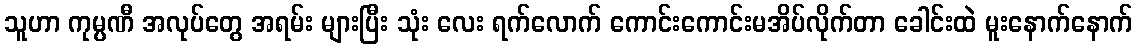
သူဟာ ကုမ္ပဏီ အလုပ်တွေ အရမ်း များပြီး သုံး လေး ရက်လောက် ကောင်းကောင်းမအိပ်လိုက်တာ ခေါင်းထဲ မူးနောက်နောက်